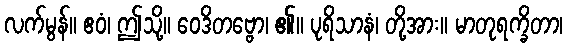
လက်မွန်။ ဧဝံ၊ ဤသို့။ ဝေဒိတဗ္ဗော၊ ၏။ ပုရိသာနံ၊ တို့အား။ မာတုရက္ခိတာ၊